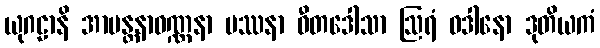
ယုဂဠာနိ အာမန္တနာဝဏ္ဏနာ ပဿနာ ဝီတဒေါသာ ဩရံ ဝဒါနော ဒုတိယကံ